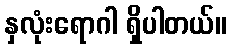
နှလုံးရောဂါ ရှိပါတယ်။